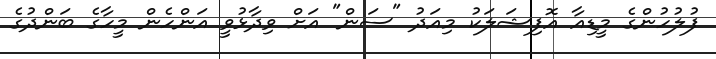
ފުލުހުންގެ މީޑިއާ އޮފިޝަލަކު މިއަދު "ސަން" އަށް ވިދާޅުވީ އަންހެން މީހާގެ ބަންދުގެ